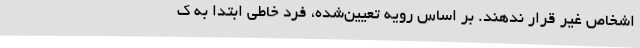
اشخاص غیر قرار ندهند. بر اساس رویه تعیین‌شده، فرد خاطی ابتدا به ک